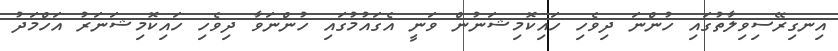
އިނގިރޭސިވިލާތުގައި ހުންނަ ދިވެހި ހައިކޮމިޝަނުން ވަނީ އެގައުމުގައި ހުންނަވާ ދިވެހި ހައިކޮމިޝަނަރު އަހްމަދު